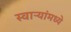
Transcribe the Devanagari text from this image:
स्वाऱ्यांमध्ये